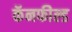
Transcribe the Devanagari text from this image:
कॅनफील्ड